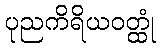
ပုညကိရိယဝတ္ထုံ